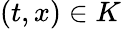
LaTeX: (t,x)\in K